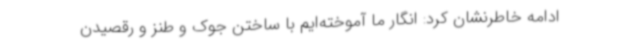
ادامه خاطرنشان کرد: انگار ما آموخته‌ایم با ساختن جوک و طنز و رقصیدن